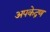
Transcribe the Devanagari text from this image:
अपकेद्रण